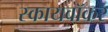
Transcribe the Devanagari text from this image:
स्कायवॉकर